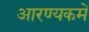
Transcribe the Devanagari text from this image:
आरण्यकमें